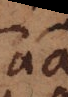
aa